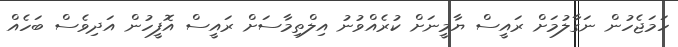
ހަމަޖެހުން ނަގާލުމަށް ރައީސް ޔާމީނަށް ކުރެއްވުނު އިލްތިމާސަށް ރައީސް އޮފީހުން އަދިވެސް ބަހެއް